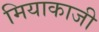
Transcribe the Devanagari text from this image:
मियाकाजी